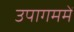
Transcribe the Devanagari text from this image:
उपागममें